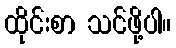
ထိုင်းစာ သင်ဖို့ပါ။